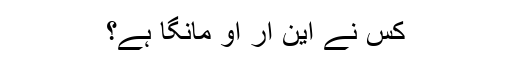
کس نے این آر او مانگا ہے؟